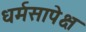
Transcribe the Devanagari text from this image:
धर्मसापेक्ष